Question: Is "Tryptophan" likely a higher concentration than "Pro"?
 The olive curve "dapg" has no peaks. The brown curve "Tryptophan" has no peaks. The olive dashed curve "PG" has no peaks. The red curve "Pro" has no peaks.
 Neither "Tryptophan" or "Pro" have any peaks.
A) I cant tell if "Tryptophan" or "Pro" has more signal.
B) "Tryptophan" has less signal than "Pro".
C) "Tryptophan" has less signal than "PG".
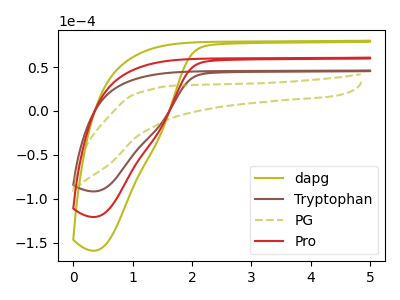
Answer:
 <answer>A) I cant tell if "Tryptophan" or "Pro" has more signal.</answer>
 <eval>A</eval>